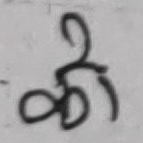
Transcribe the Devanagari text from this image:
की